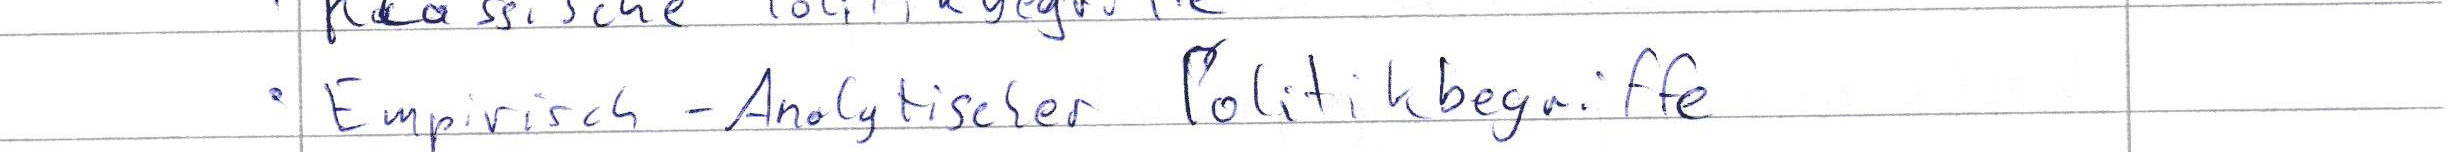
Empirisch - Analytischer Politikbegriffe